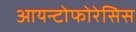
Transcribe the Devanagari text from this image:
आयन्टोफोरेसिस